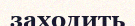
заходить